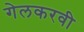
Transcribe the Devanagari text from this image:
गेलकरवी